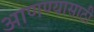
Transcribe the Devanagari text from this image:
आणण्‍यासाठी